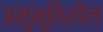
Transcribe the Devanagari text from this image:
अनुभूतिशील